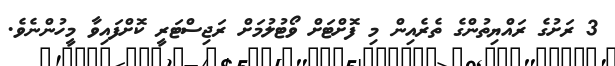
3 ރަށުގެ ރައްޔިތުންގެ ތެރެއިން މި ފޮށްޓަށް ވޯޓުލުމަށް ރަޖިސްޓަރީ ކޮށްފައިވާ މީހުންނެވެ.